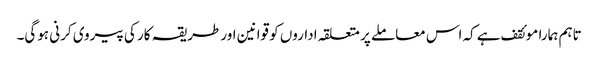
تاہم ہمارا موئقف ہے کہ اس معاملے پر متعلقہ اداروں کو قوانین اور طریقہ کار کی پیروی کرنی ہوگی۔